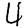
Digit: 4